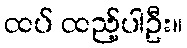
ထပ် ထည့်ပါဦး။